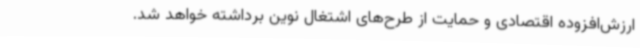
ارزش‌افزوده اقتصادی و حمایت از طرح‌های اشتغال نوین برداشته خواهد شد.